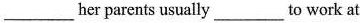
___her parents usually___to work at